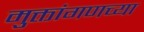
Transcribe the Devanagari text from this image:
मुक्तांगणच्या